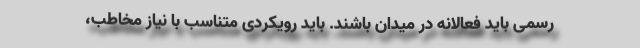
رسمی باید فعالانه در میدان باشند. باید رویکردی متناسب با نیاز مخاطب،